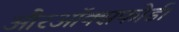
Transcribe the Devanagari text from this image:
औरऑक्सफोर्ड।